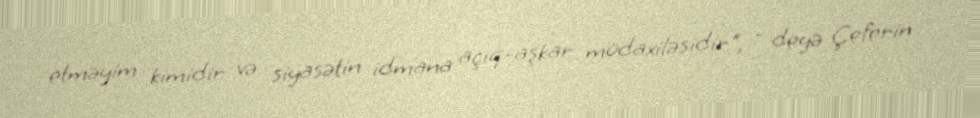
etməyim kimidir və siyasətin idmana açıq-aşkar müdaxiləsidir", - deyə Çeferin